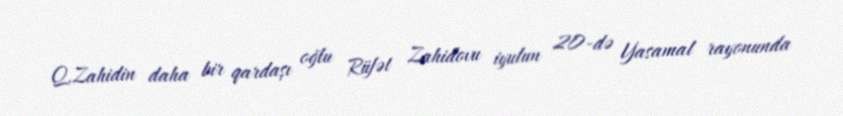
Q.Zahidin daha bir qardaşı oğlu Rüfət Zahidovu iyulun 20-də Yasamal rayonunda